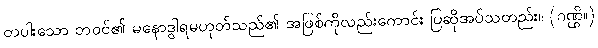
တပါးသော ဘဝင်၏ မနောဒွါရမဟုတ်သည်၏ အဖြစ်ကိုလည်းကောင်း ပြဆိုအပ်သတည်း။ (ဂဏ္ဌိ။)